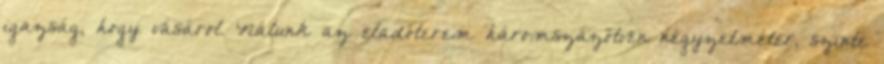
igazság, hogy vásárol. Nálunk az eladóterem háromszázötven négyzetméter, szinte